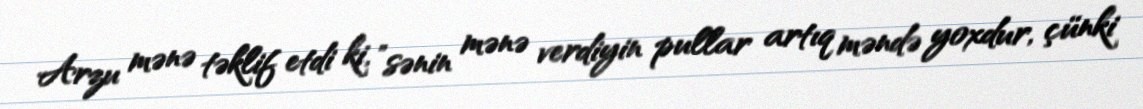
Arzu mənə təklif etdi ki, ”sənin mənə verdiyin pullar artıq məndə yoxdur, çünki